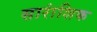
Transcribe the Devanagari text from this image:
सारांशिक